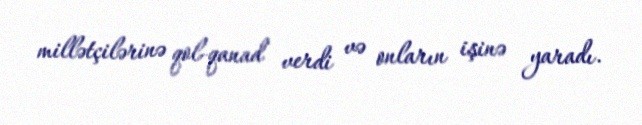
millətçilərinə qol-qanad verdi və onların işinə yaradı.